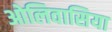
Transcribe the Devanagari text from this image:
ओलिवासिया